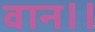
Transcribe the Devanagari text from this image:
वान।।